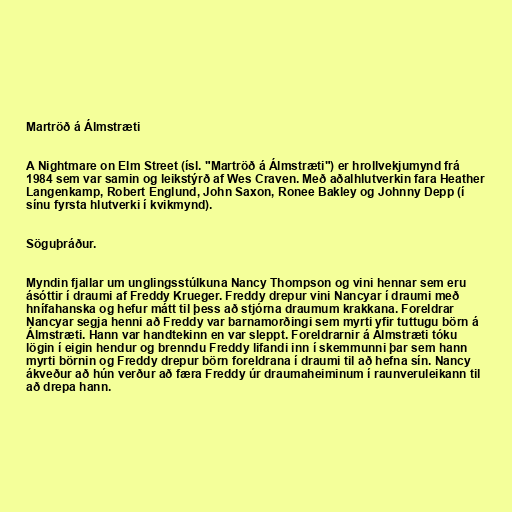
Martröð á Álmstræti

A Nightmare on Elm Street (ísl. "Martröð á Álmstræti") er hrollvekjumynd frá
1984 sem var samin og leikstýrð af Wes Craven. Með aðalhlutverkin fara Heather
Langenkamp, Robert Englund, John Saxon, Ronee Bakley og Johnny Depp (í
sínu fyrsta hlutverki í kvikmynd).

Söguþráður.

Myndin fjallar um unglingsstúlkuna Nancy Thompson og vini hennar sem eru
ásóttir í draumi af Freddy Krueger. Freddy drepur vini Nancyar í draumi með
hnífahanska og hefur mátt til þess að stjórna draumum krakkana. Foreldrar
Nancyar segja henni að Freddy var barnamorðingi sem myrti yfir tuttugu börn á
Álmstræti. Hann var handtekinn en var sleppt. Foreldrarnir á Álmstræti tóku
lögin í eigin hendur og brenndu Freddy lifandi inn í skemmunni þar sem hann
myrti börnin og Freddy drepur börn foreldrana í draumi til að hefna sín. Nancy
ákveður að hún verður að færa Freddy úr draumaheiminum í raunveruleikann til
að drepa hann.